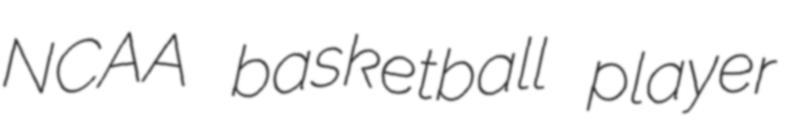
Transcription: NCAA basketball player